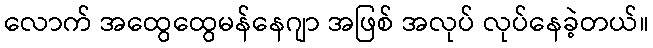
လောက် အထွေထွေမန်နေဂျာ အဖြစ် အလုပ် လုပ်နေခဲ့တယ်။